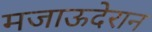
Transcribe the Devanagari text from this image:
मजाऊदेरान